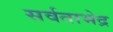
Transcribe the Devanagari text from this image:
सर्वताभेद्र